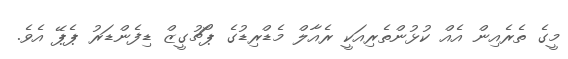
މީގެ ތެރެއިން އެއް ކުޅުންތެރިއަކީ ރެއާލް މެޑްރިޑުގެ ޕޯޗުގީޒް ޑިފެންޑަރު ޕެޕޭ އެވެ.